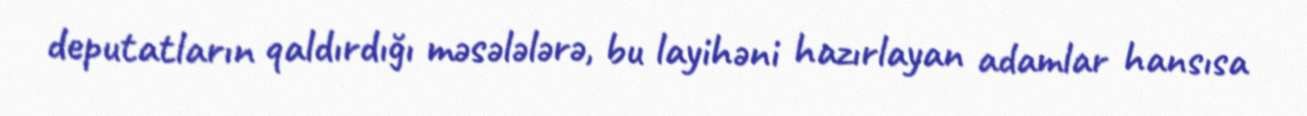
deputatların qaldırdığı məsələlərə, bu layihəni hazırlayan adamlar hansısa